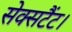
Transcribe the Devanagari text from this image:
सेक्सटैंट।